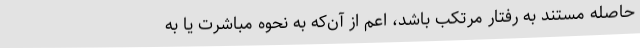
حاصله مستند به رفتار مرتکب باشد، اعم از آن‌که به نحوه مباشرت یا به